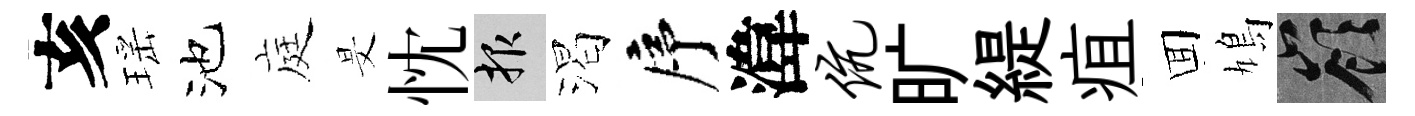
亥瑶池庭旻忱報渴序湋伉旷緹疽囬鳩嶺